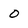
Character: 0